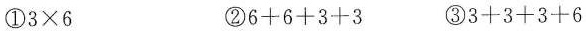
①3×6②6+6+3+3③3+3+3+6